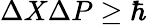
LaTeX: \Delta X\Delta P\geq\hbar